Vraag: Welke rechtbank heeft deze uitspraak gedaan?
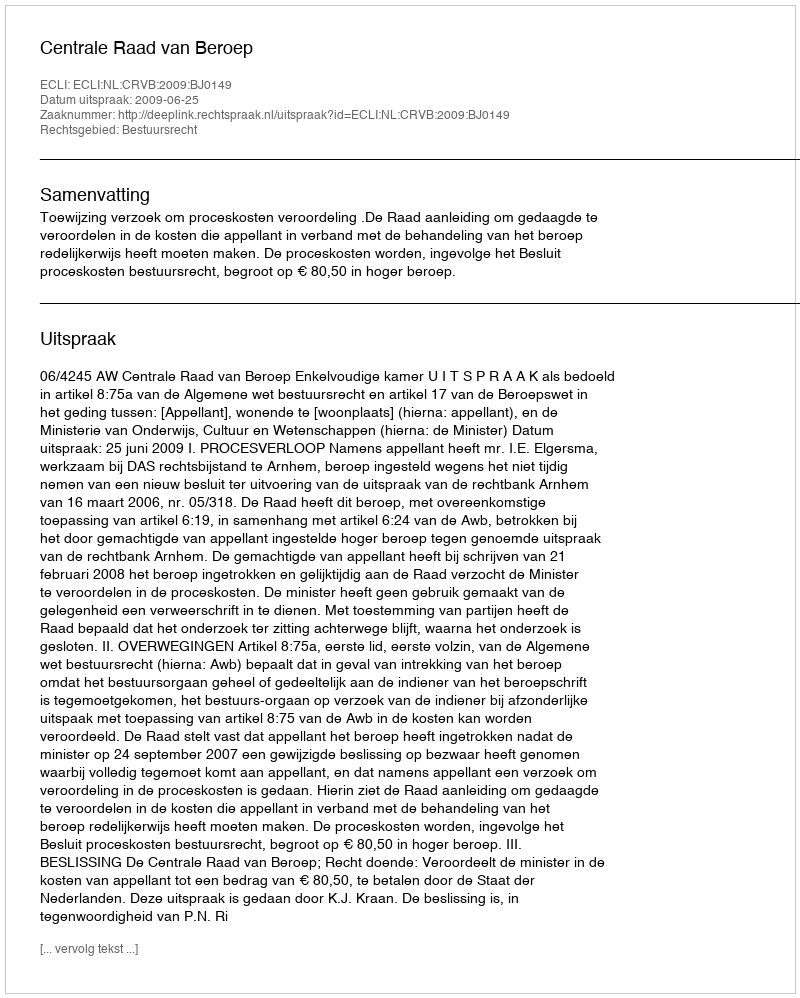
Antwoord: Centrale Raad van Beroep